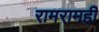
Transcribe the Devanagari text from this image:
रामरामही